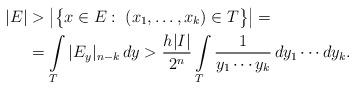
LaTeX: \begin{align*} |E| & >\big|\big\{x\in E:\;(x_{1},\dots,x_k)\in T\big\}\big|= \\ & =\int\limits_T |E_y|_{n-k}\,dy>\frac{h|I|}{2^n}\int\limits_T \frac{1}{y_1\cdots y_{k}}\,dy_1\cdots dy_{k}.\end{align*}